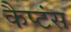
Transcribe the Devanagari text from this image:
कैप्‍टंस